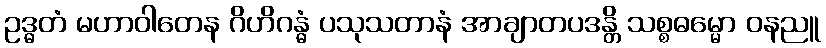
ဥဒ္ဓတံ မဟာဝါတေန ဂိဟိဂန္ဓံ ပသုသတာနံ အာချာတပဒန္တိ သစ္စဓမ္မော ဝနညူ